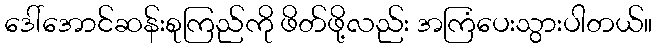
ဒေါ်အောင်ဆန်းစုကြည်ကို ဖိတ်ဖို့လည်း အကြံပေးသွားပါတယ်။